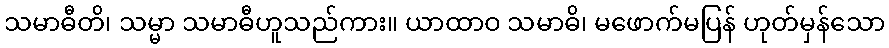
သမာဓီတိ၊ သမ္မာ သမာဓီဟူသည်ကား။ ယာထာဝ သမာဓိ၊ မဖောက်မပြန် ဟုတ်မှန်သော